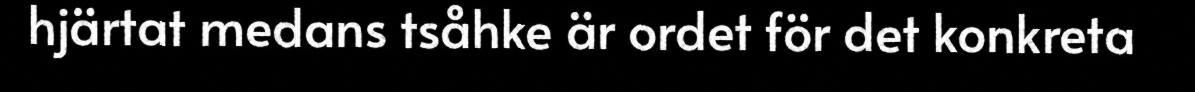
hjärtat medans tsåhke är ordet för det konkreta